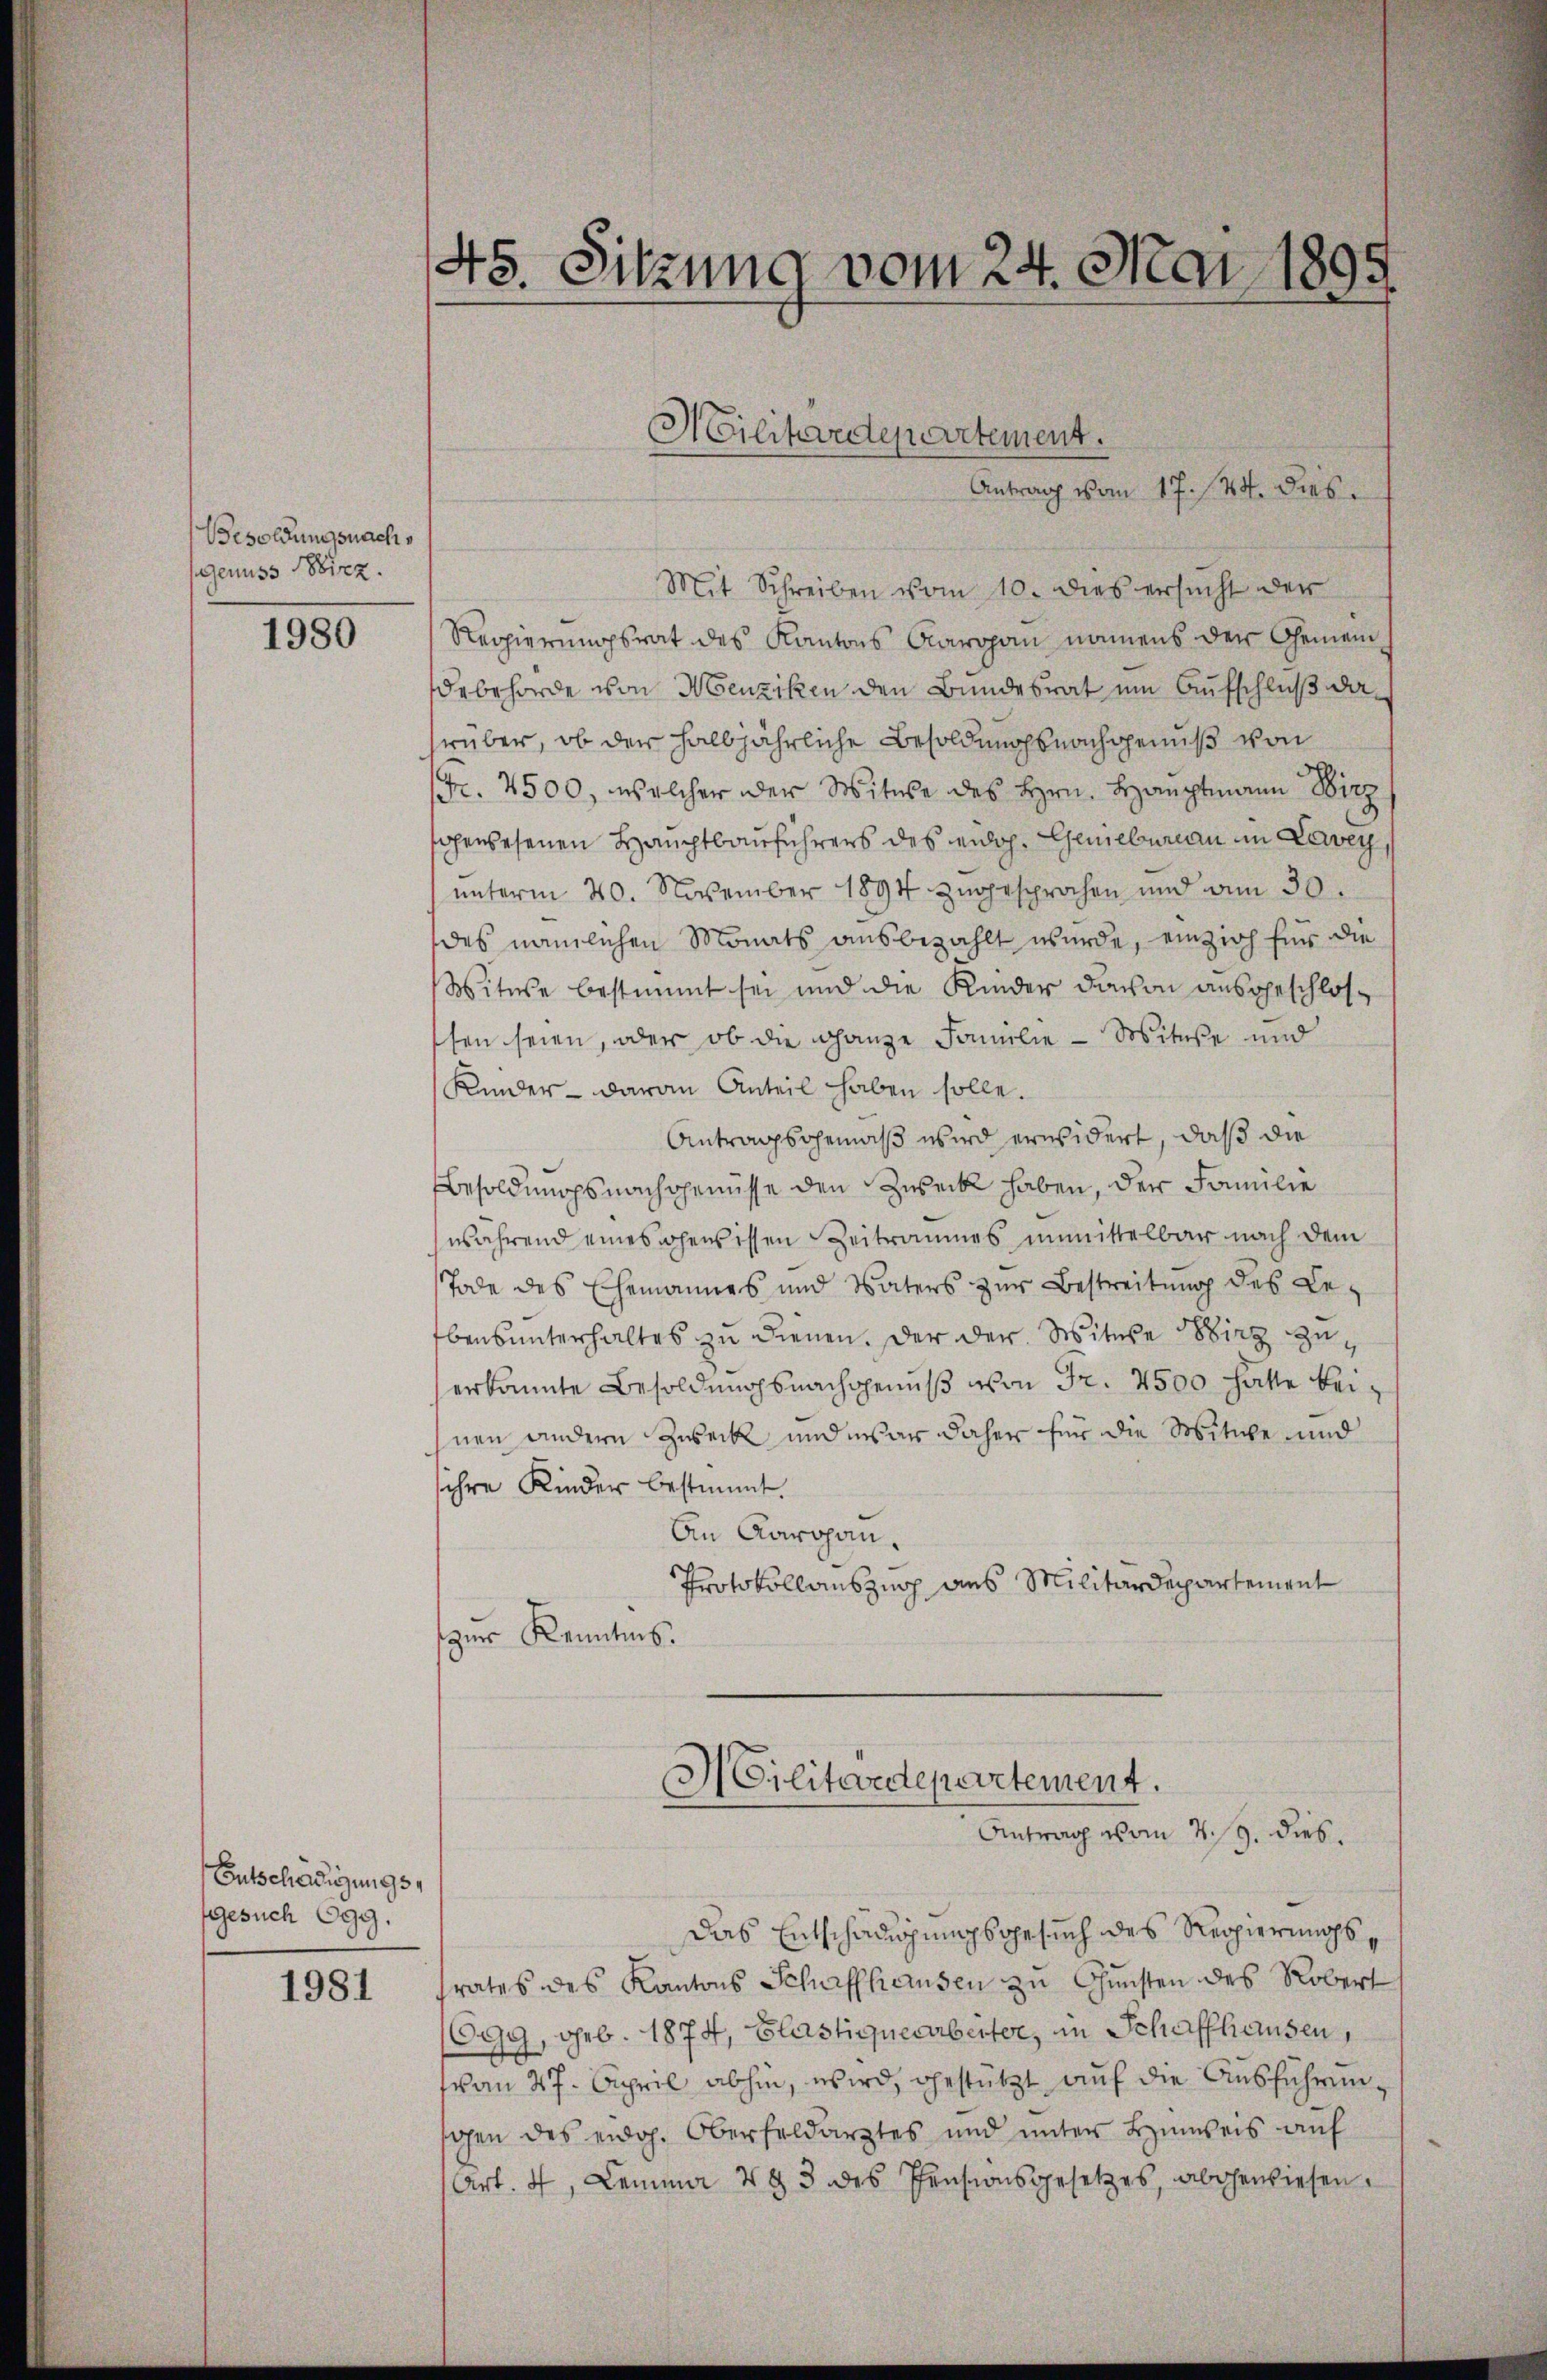
Besoldungsnachs
Genuss Wirz.

1980

Entschädigungs
gesuch Ogg.

1981

Mit Schreiben vom 10. dies ersucht der
Regierungsrat des Kantons Aaropan namens der Gemeindebehörde von Menziken den Bundesrat um Aufschluß darüber, ob der halbjährliche Besoldungsnachgenuß von
Fr. 2500, welcher der Witwe des Hrn. Hauptmann Wirz
gewesenen Hauptbauführers des eidg. Geniebureau im Lewey,
unterm 20. November 1894 zugesprochen und am 30.
des nämlichen Monats ausbezahlt wurde, einzieh für die
Witwe bestimmt sei und die Kinder davon ausgeschlossen seien, oder ob die ganze Familie - Mitte und
Kinder - daran Anteil haben solle.
Antragsgemäß wird erwidert, daß die
Besoldungsnachgenüsse den Zweck haben, der Familie
während eines gewissen Zeitraumes unmittelbar nach dem
Tode des Ehemannes und Vaters zur Bestreitung des Le¬
Ebensunterhaltes zu dienen. Der der Witwe Wirz zuerkannte Besoldungsnachgenuß von Fr. 2500 hätte beihnen andern Zweck und war daher für die Witwe und
ihre Kinder bestimmt.
An Aargau.
Protokollauszug aus Militärdepartement
zŭr Kenntnis.

45. Sitzung vom 24. Mai 1895

Hilitärdepartement.
Antrag vom 17. 144. dies

Militärdepartement.
Antrag vom 4. 19. dies

Das Entschädigungsgesuch des Regierungsrates des Kantons Schaffhausen zu Gunsten des Robert
(Ogg, geb. 1874, Glastiquearbeiter, in Schaffhausen,
(von 27. April abhin, wird, gestützt auf die Ausführengen des eidg. Oberfeldarztes und unter Hinweis auf
Art. 4, Lemma 483 des Pensionsgesetzes, abgewiesen.